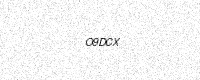
Text: O9DCX